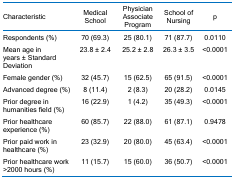
<table><thead><tr><td><b>Characteristic</b></td><td><b>Medical School</b></td><td><b>Physician Associate Program</b></td><td><b>School of Nursing</b></td><td><b>p</b></td></tr></thead><tbody><tr><td>Respondents (%)</td><td>70 (69.3)</td><td>25 (80.1)</td><td>71 (87.7)</td><td>0.0110</td></tr><tr><td>Mean age in years ± Standard Deviation</td><td>23.8 ± 2.4</td><td>25.2 ± 2.8</td><td>26.3 ± 3.5</td><td>&lt;0.0001</td></tr><tr><td>Female gender (%)</td><td>32 (45.7)</td><td>15 (62.5)</td><td>65 (91.5)</td><td>&lt;0.0001</td></tr><tr><td>Advanced degree (%)</td><td>8 (11.4)</td><td>2 (8.3)</td><td>20 (28.2)</td><td>0.0145</td></tr><tr><td>Prior degree in humanities field (%)</td><td>16 (22.9)</td><td>1 (4.2)</td><td>35 (49.3)</td><td>&lt;0.0001</td></tr><tr><td>Prior healthcare experience (%)</td><td>60 (85.7)</td><td>22 (88.0)</td><td>61 (87.1)</td><td>0.9478</td></tr><tr><td>Prior paid work in healthcare (%)</td><td>23 (32.9)</td><td>20 (80.0)</td><td>45 (63.4)</td><td>&lt;0.0001</td></tr><tr><td>Prior healthcare work &gt;2000 hours (%)</td><td>11 (15.7)</td><td>15 (60.0)</td><td>36 (50.7)</td><td>&lt;0.0001</td></tr></tbody></table>